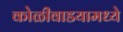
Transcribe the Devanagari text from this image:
कोळीवाडयामध्ये